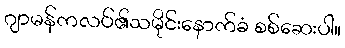
ဂျာမန်ကလပ်၏သမိုင်းနောက်ခံ စစ်ဆေးပါ။